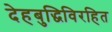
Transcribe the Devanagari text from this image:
देहबुद्धिविरहित